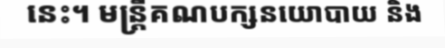
នេះ។ មន្ត្រីគណបក្សនយោបាយ និង